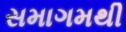
સમાગમથી